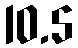
10.5